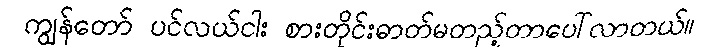
ကျွန်တော် ပင်လယ်ငါး စားတိုင်းဓာတ်မတည့်တာပေါ်လာတယ်။